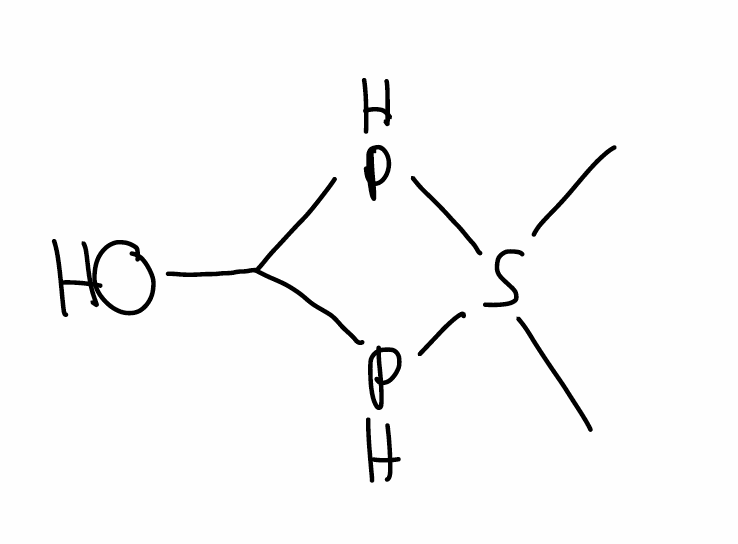
Simplified molecular-input line-entry system (SMILES) notation of the given molecule:
CS1(PC(P1)O)C